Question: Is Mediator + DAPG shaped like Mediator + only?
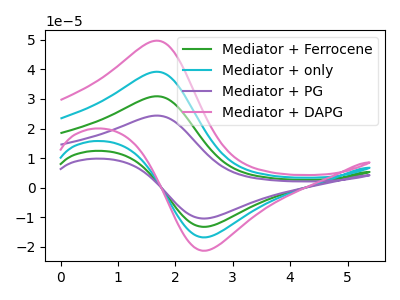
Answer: <think>The green curve "Mediator + Ferrocene" has an anodic peak at (1.70V, 78.40uA) and a cathodic peak at (2.55V, -33.60uA). The cyan curve "Mediator + only" has an anodic peak at (1.70V, 39.20uA) and a cathodic peak at (2.55V, -16.80uA). The purple curve "Mediator + PG" has an anodic peak at (1.70V, 117.60uA) and a cathodic peak at (2.55V, -50.45uA). The pink curve "Mediator + DAPG" has an anodic peak at (1.70V, 49.75uA) and a cathodic peak at (2.55V, -21.30uA).
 All the peaks in "Mediator + DAPG" have a peak in "Mediator + only" at the same potential. Every peak in "Mediator + DAPG" is higher than every peak in "Mediator + only".</think>
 <answer>"Mediator + DAPG" and "Mediator + only" are similar in shape.</answer>
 <eval>same_shape</eval>